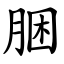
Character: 㬷